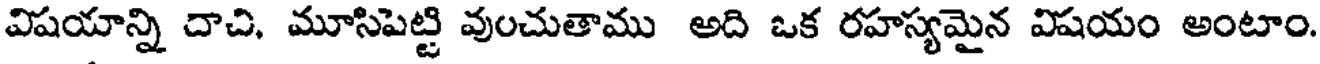
విషయాన్ని దాచి, మూసిపెట్టి వుంచుతాము అది ఒక రహస్యమైన విషయం అంటాం